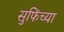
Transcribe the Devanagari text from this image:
सुफिंच्या